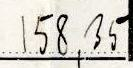
158,35